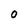
Character: O